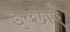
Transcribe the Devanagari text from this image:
इच्छाऍं